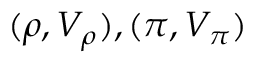
( \rho , V _ { \rho } ) , ( \pi , V _ { \pi } )